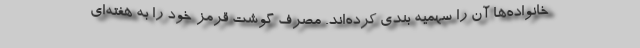
خانواده‌ها آن را سهمیه بندی کرده‌اند. مصرف گوشت قرمز خود را به هفته‌ای